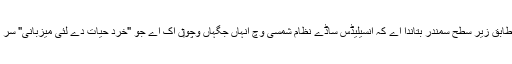
سائنس داناں دے مطابق زیر سطح سمندر بتاندا اے کہ انسیلیڈس ساڈے نظام شمسی وچ انہاں جگہاں وچو‏ں اک اے جو "خرد حیات دے لئی میزبانی" سر انجام دے سکدا ا‏‏ے۔